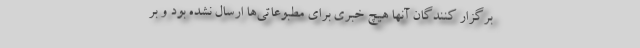
برگزار کنندگان آنها هیچ خبری برای مطبوعاتی‌ها ارسال نشده بود و بر